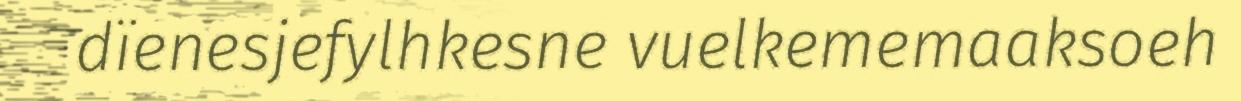
dïenesjefylhkesne vuelkememaaksoeh